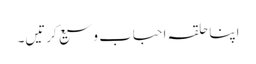
اپنا حلقہ احباب وسیع کرتیں۔